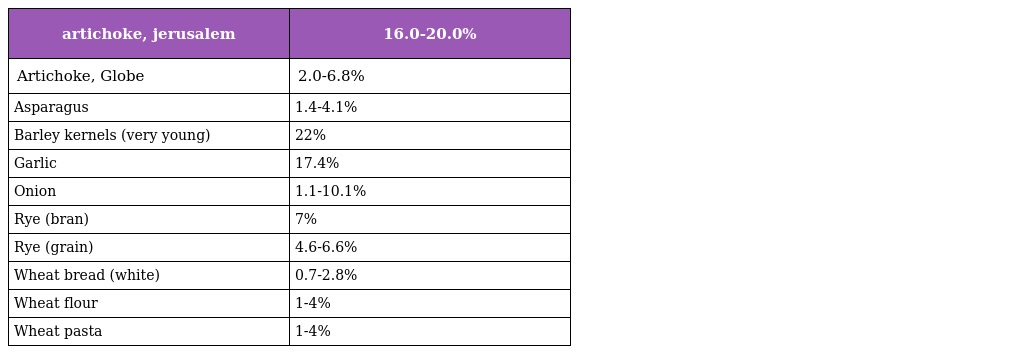
| artichoke, jerusalem | 16.0-20.0% |
 | --- | --- |
 | Artichoke, Globe | 2.0-6.8% |
 | Asparagus | 1.4-4.1% |
 | Barley kernels (very young) | 22% |
 | Garlic | 17.4% |
 | Onion | 1.1-10.1% |
 | Rye (bran) | 7% |
 | Rye (grain) | 4.6-6.6% |
 | Wheat bread (white) | 0.7-2.8% |
 | Wheat flour | 1-4% |
 | Wheat pasta | 1-4% |